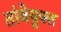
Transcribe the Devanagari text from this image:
तांबेयुक्त